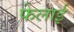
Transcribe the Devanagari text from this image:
फेलाई